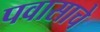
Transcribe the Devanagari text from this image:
पवासाचे